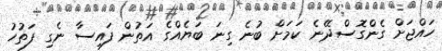
ހައްޖަށް ގެންގޮސްދޭނެ ކަމަށް ބުނެ ގިނަ ބަޔެއްގެ އަތުން ފައިސާ ނެގި ފަތުހު